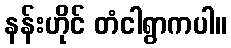
နန်းဟိုင် တံငါရွာကပါ။